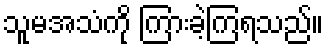
သူမအသံကို ကြားခဲ့ကြရသည်။